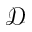
\mathcal { D }